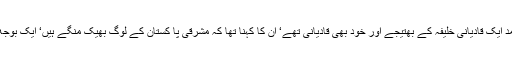
بیورو کریسی کے ایک اعلیٰ افسر پاکستان پلاننگ کمیشن کے ڈپٹی چیئرمین ایم ایم احمد ایک قادیانی خلیفہ کے بھتیجے اور خود بھی قادیانی تھے‘ ان کا کہنا تھا کہ مشرقی پا کستان کے لوگ بھیک منگے ہیں‘ ایک بوجھ اور خوامخواہ کی ذمے داری ہیں اس لیے ان سے پیچھا چھوٹ جائے تو اچھا ہی ہے۔